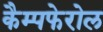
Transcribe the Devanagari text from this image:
कैम्पफेरोल